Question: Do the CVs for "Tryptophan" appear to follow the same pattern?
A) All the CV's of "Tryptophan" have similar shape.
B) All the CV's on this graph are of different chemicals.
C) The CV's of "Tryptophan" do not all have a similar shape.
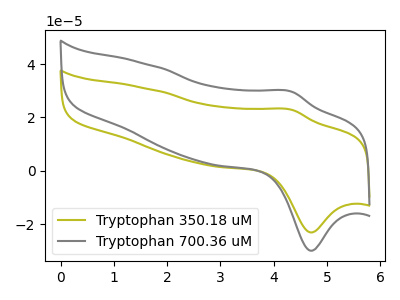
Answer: <think>The olive curve "Tryptophan 350.18 uM" has an anodic peak at (4.35V, 22.85uA) and a cathodic peak at (4.70V, -23.10uA). The gray curve "Tryptophan 700.36 uM" has an anodic peak at (4.35V, 29.65uA) and a cathodic peak at (4.70V, -29.95uA).
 All the peaks in "Tryptophan 350.18 uM" have a peak in "Tryptophan 700.36 uM" at the same potential. Every peak in "Tryptophan 350.18 uM" is lower than every peak in "Tryptophan 700.36 uM".</think>
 <answer>A) All the CV's of "Tryptophan" have similar shape.</answer>
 <eval>A</eval>